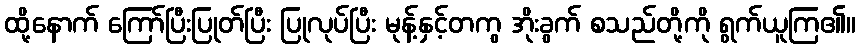
ထို့နောက် ကြော်ပြီးပြုတ်ပြီး ပြုလုပ်ပြီး မုန့်နှင့်တကွ အိုးခွက် စသည်တို့ကို ရွက်ယူကြ၏။